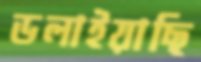
ডলাইয়াছি